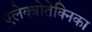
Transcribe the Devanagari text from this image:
एलेक्त्रोतेक्निका